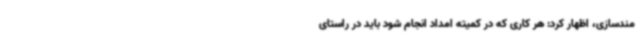
مندسازی، اظهار کرد: هر کاری که در کمیته امداد انجام شود باید در راستای